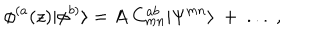
\phi ^ { ( a } ( z ) | \phi ^ { b ) } \rangle = A ~ C _ { m n } ^ { a b } | \Psi ^ { m n } \rangle ~ + ~ . . . ~ ,